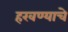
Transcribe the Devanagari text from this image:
हरवण्याचे